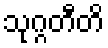
သုဂ္ဂတီတိ